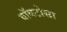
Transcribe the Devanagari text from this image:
वॉवटोसा